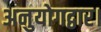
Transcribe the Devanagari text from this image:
अनुयोगद्वार।